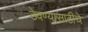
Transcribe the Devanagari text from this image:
ठेवण्यासाठीचे